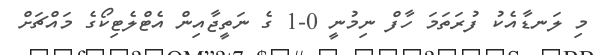
މި ލަނޑާއެކު ފުރަތަމަ ހާފް ނިމުނީ 0-1 ގެ ނަތީޖާއިން އެޓްލެޓިކޯގެ މައްޗަށް